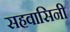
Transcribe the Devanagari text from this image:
सहवासिनी